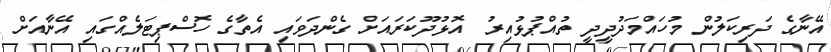
އޭނާގެ ދަރިކަލުން މުހައްމަދުދީދީ ތުއްޕުޅުއިރު  އޮޅުދޫކަރައަށް ގެންދަވައި އެތާގެ ހޮސްޕިޓަލެއްގައި އޭނާއަށް